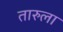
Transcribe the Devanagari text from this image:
तारुला